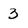
Character: 3